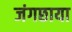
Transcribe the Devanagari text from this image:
जंगछाया